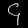
Digit: ၄